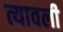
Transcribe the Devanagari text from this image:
त्यावली